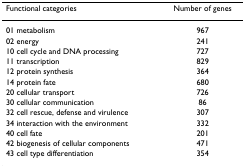
| Functional categories | Number of genes |
 | --- | --- |
 | 01 metabolism | 967 |
 | 02 energy | 241 |
 | 10 cell cycle and DNA processing | 727 |
 | 11 transcription | 829 |
 | 12 protein synthesis | 364 |
 | 14 protein fate | 680 |
 | 20 cellular transport | 726 |
 | 30 cellular communication | 86 |
 | 32 cell rescue, defense and virulence | 307 |
 | 34 interaction with the environment | 332 |
 | 40 cell fate | 201 |
 | 42 biogenesis of cellular components | 471 |
 | 43 cell type differentiation | 354 |